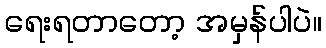
ရေးရတာတော့ အမှန်ပါပဲ။